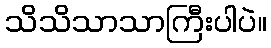
သိသိသာသာကြီးပါပဲ။